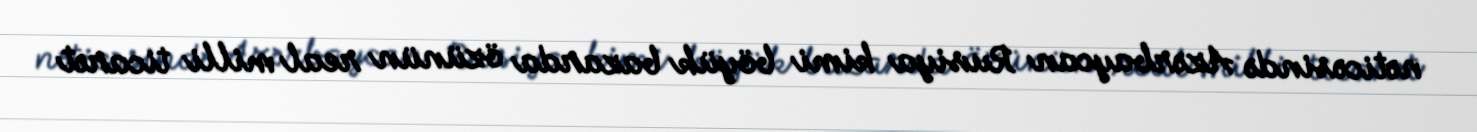
nəticəsində Azərbaycan Rusiya kimi böyük bazarda özünün real milli ticarət